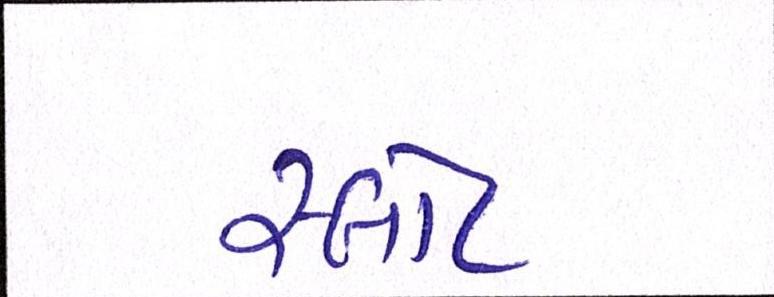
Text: સ્લોટ